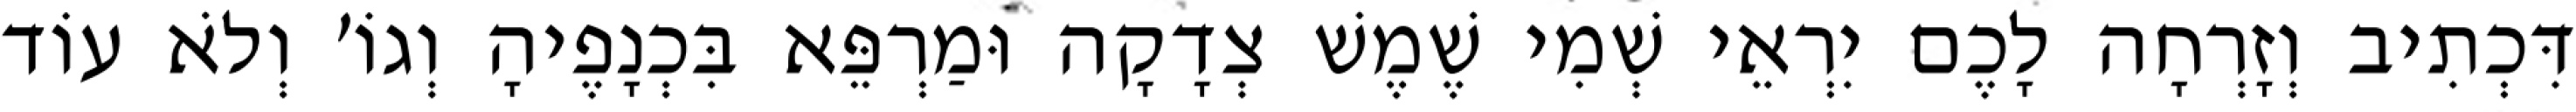
דִּכְתִיב וְזָרְחָה לָכֶם יִרְאֵי שְׁמִי שֶׁמֶשׁ צְדָקָה וּמַרְפֵּא בִּכְנָפֶיהָ וְגוֹ׳ וְלֹא עוֹד